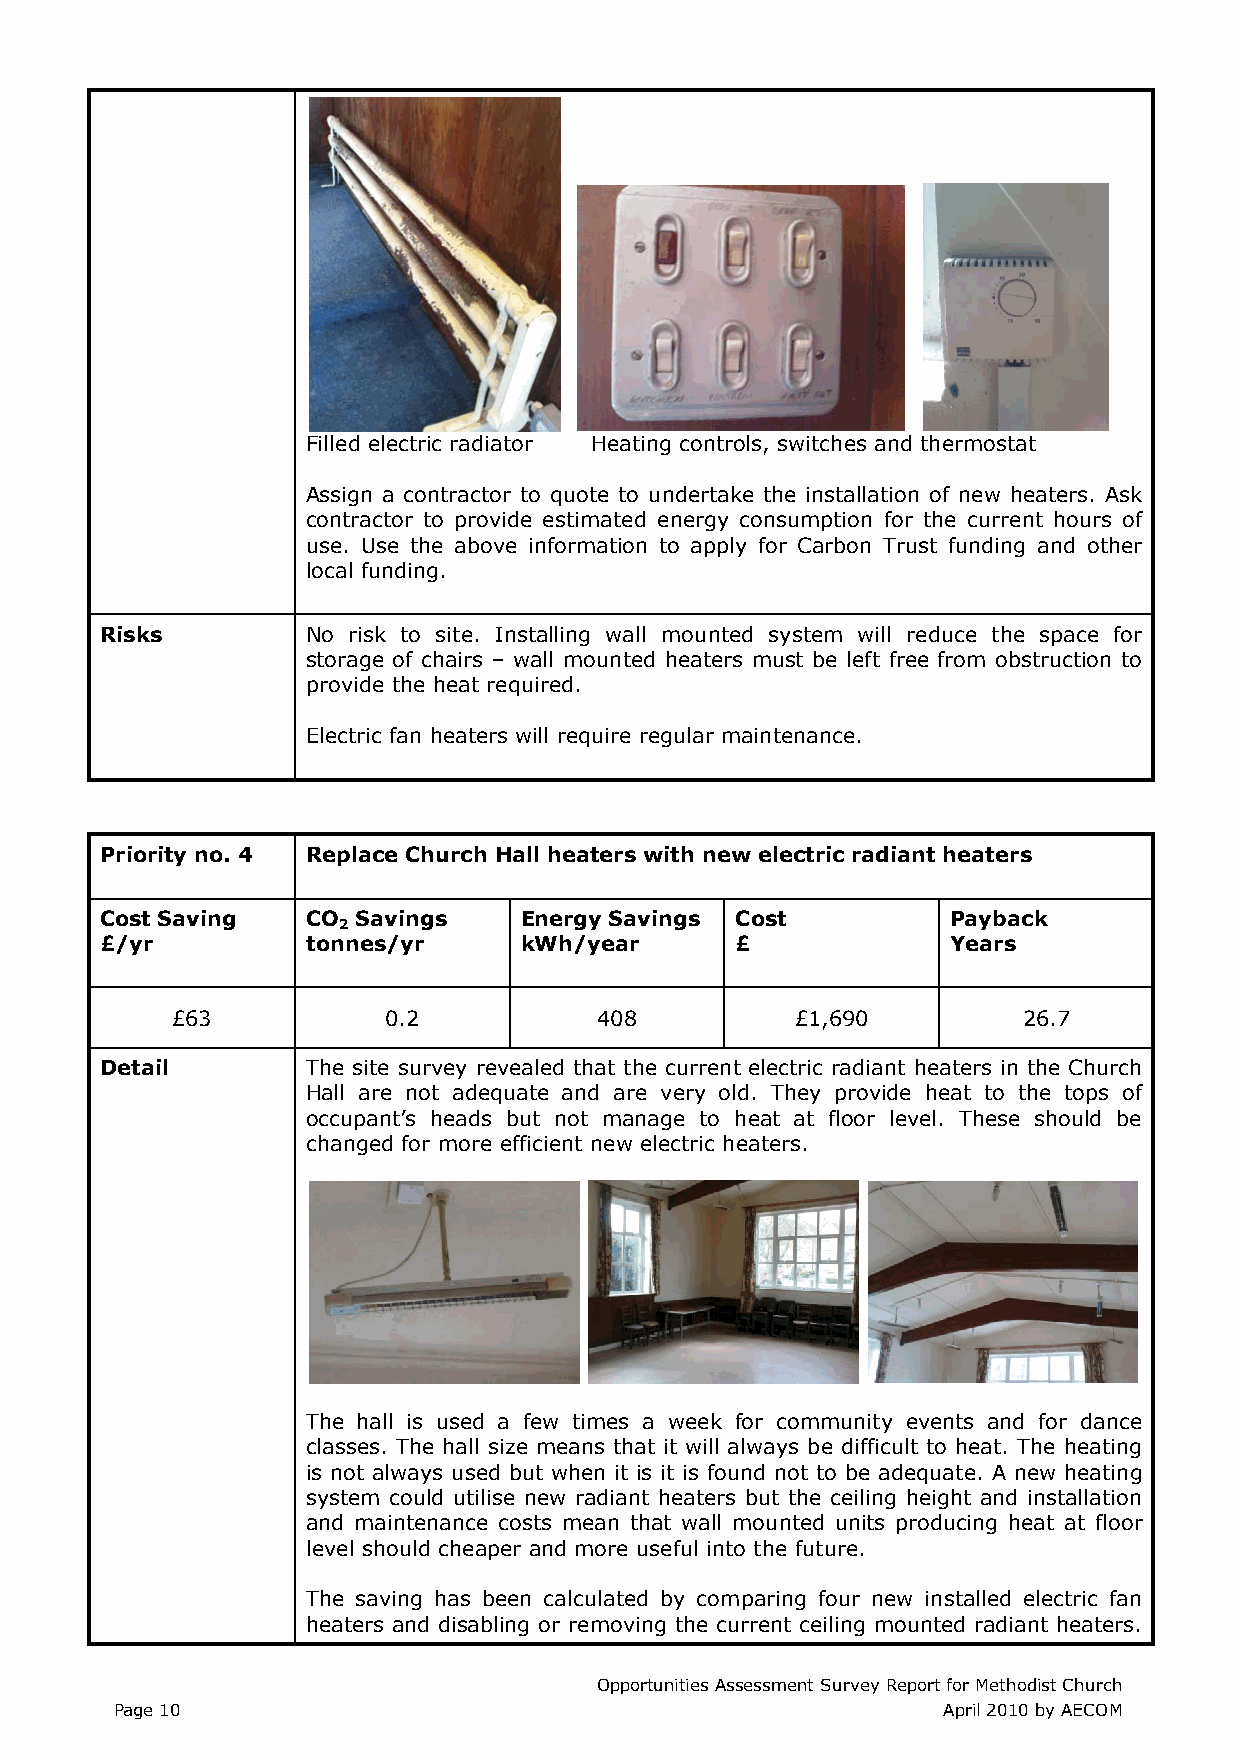
Filled electric radiator Heating controls, switches and thermostat
 Assign a contractor to quote to undertake the installation of new heaters. Ask
 contractor to provide estimated energy consumption for the current hours of
 use. Use the above information to apply for Carbon Trust funding and other
 local funding.
 Risks        No risk to site. Installing wall mounted system will reduce the space for
 storage of chairs – wall mounted heaters must be left free from obstruction to
 provide the heat required.
 Electric fan heaters will require regular maintenance.
 Priority no. 4 Replace Church Hall heaters with new electric radiant heaters
 Cost Saving  CO  Savings   Energy Savings Cost          Payback
 2
 £/yr         tonnes/yr     kWh/year       £             Years
 £63           0.2            408          £1,690         26.7
 Detail       The site survey revealed that the current electric radiant heaters in the Church
 Hall are not adequate and are very old. They provide heat to the tops of
 occupant’s heads but not manage to heat at floor level. These should be
 changed for more efficient new electric heaters.
 The hall is used a few times a week for community events and for dance
 classes. The hall size means that it will always be difficult to heat. The heating
 is not always used but when it is it is found not to be adequate. A new heating
 system could utilise new radiant heaters but the ceiling height and installation
 and maintenance costs mean that wall mounted units producing heat at floor
 level should cheaper and more useful into the future.
 The saving has been calculated by comparing four new installed electric fan
 heaters and disabling or removing the current ceiling mounted radiant heaters.
 Opportunities Assessment Survey Report for Methodist Church
 Page 10                                               April 2010 by AECOM